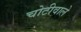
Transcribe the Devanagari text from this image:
चोटीवाले